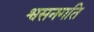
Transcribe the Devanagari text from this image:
श्वसनगति